Malaria in the Duars
Disease focus: Malaria
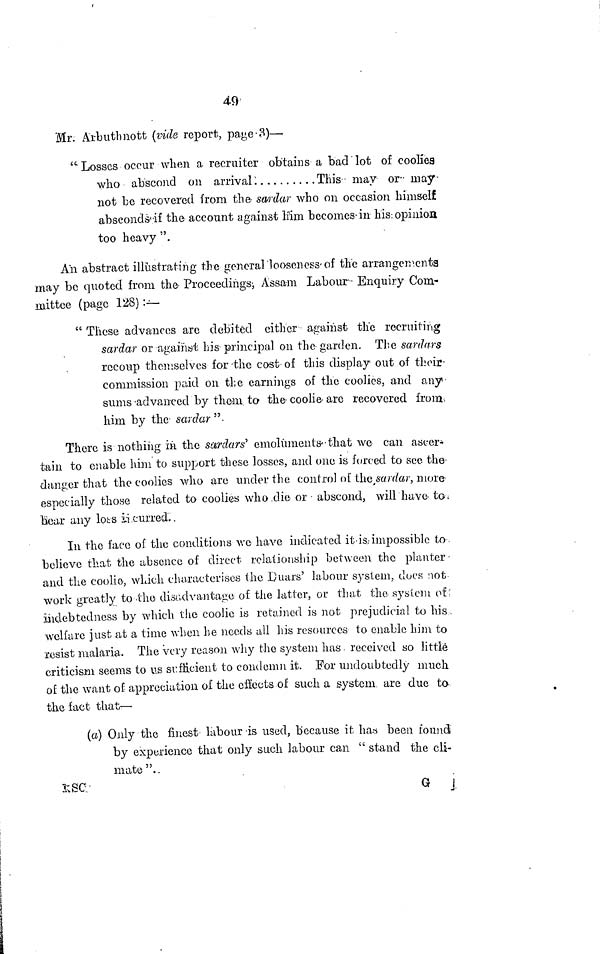
49.
Mr. Arbuthnott (vide report, page.3)—
"Losses occur when a recruiter obtains a bad lot of coolies
who abscond on arrival:
This may or may
not be recovered from the sardar who on occasion himself
absconds if the account against him becomes in his: opinion
too heavy ".
An abstract illustrating the general looseness-of the arrangementa
may be quoted from the Proceedings; Assam Labour Enquiry Com-
mittee (page 128) :—
" These advances are debited either against the recruiting
sardar or against his principal on the garden. The sardars
recoup themselves for the cost of this display out of their-
commission paid on the earnings of the coolies, and any
sums advanced by them to the coolie are recovered from.
him by the sardar".
There is nothing in the sardars' emoluments that we can ascer-
tain to enable him to support these losses, and one is forced to see the
danger that the coolies who are under the control of the sardar, more
especially those related to coolies who die or abscond, will have to.
bear any loss it curred.
In the face of the conditions we have indicated it is impossible to
believe that the absence of direct relationship between the planter
and the coolie, which characterises the Duars' labour system, does not
work greatly to the disadvantage of the latter, or that the system of
indebtedness by which the coolie is retained is not prejudicial to his
welfare just at a time when he needs all his resources to enable him to
resist malaria. The very reason why the system has . received so little
criticism seems to us sufficient to condemn it. For undoubtedly much
of the want of appreciation of the effects of such a system are due to-
the fact that—
(a) Only the finest labour is used, because it. has been found
by experience that only such labour can " stand the cli-
mate ".
\ill\SC
G